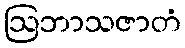
ဩဘာသဇာတံ